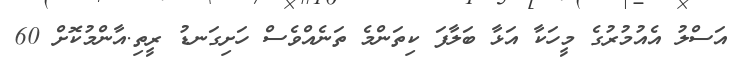
އަސްލު އެއުމުރުގެ މީހަކާ އަޅާ ބަލާފަ ކިތަންމެ ތަނެއްވެސް ހަށިގަނޑު ރީތި.އާންމުކޮށް 60